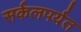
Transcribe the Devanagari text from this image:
सर्कलपर्यत